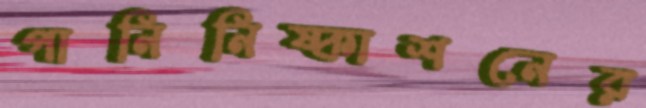
পানিনিষ্কাশনের